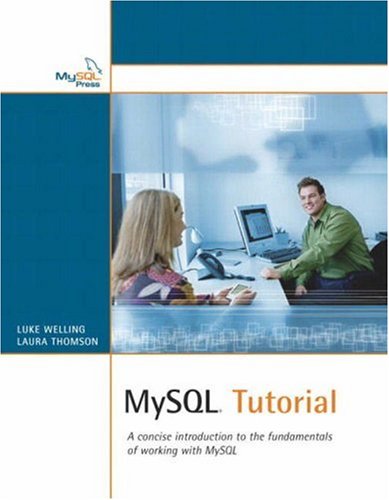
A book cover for MySQL Tutorial; Luke Welling; Computers & Technology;